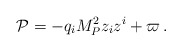
\begin{align*}{\cal P}= -q_i M_P^2 z_iz^i +\varpi \,.\end{align*}